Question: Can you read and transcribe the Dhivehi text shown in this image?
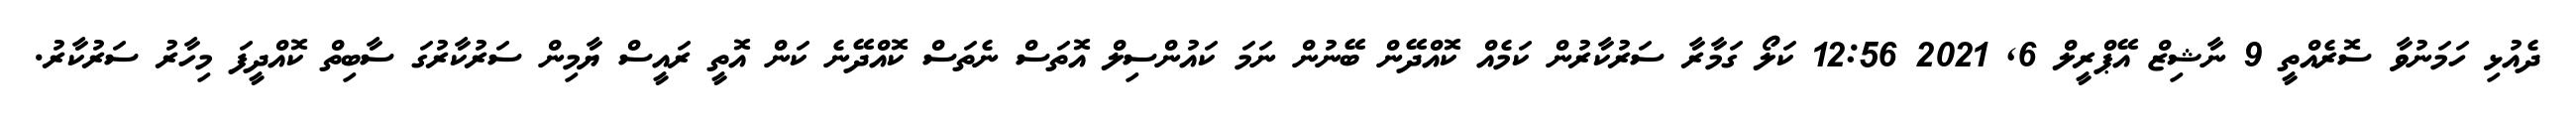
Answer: ދެއުޅި ހަމަނުވާ ސޮރެއްތީ 9 ނާޝިޒް އޭޕްރީލް 6, 2021 12:56 ކަލޯ ގަމާރާ ސަރުކާރުން ކަމެއް ކޮއްދޭން ބޭނުން ނަމަ ކައުންސިލް އޮތަސް ނެތަސް ކޮއްދޭނެ ކަން އޮތީ ރައީސް ޔާމިން ސަރުކާރުގަ ސާބިތް ކޮއްދީފަ މިހާރު ސަރުކާރު.